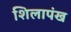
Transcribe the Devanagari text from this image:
शिलापंख